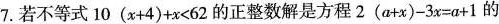
7.若不等式$$10(x+4)+x<62$$的正整数解是方程$$2(a+x)-3x=a+1$$的